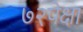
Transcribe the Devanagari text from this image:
७२पेक्षा